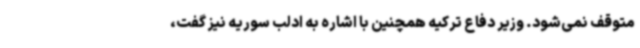
متوقف نمی‌شود. وزیر دفاع ترکیه همچنین با اشاره به ادلب سوریه نیز گفت،